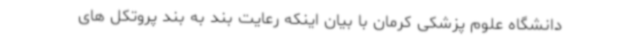
دانشگاه علوم پزشکی کرمان با بیان اینکه رعایت بند به بند پروتکل های